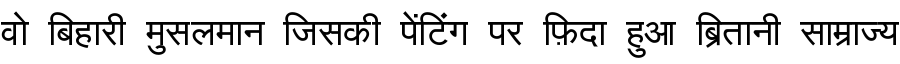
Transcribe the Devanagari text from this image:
वो बिहारी मुसलमान जिसकी पेंटिंग पर फ़िदा हुआ ब्रितानी साम्राज्य